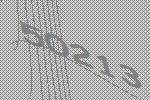
50213